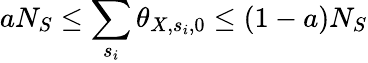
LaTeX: aN_{S}\le\sum_{s_{i}}\theta_{X,s_{i},0}\le(1-a)N_{S}